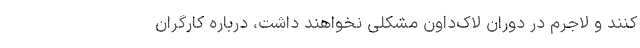
کنند و لاجرم در دوران لاک‌داون مشکلی نخواهند داشت، درباره کارگران